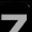
Digit: 7